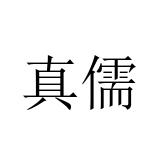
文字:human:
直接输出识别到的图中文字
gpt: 真儒